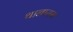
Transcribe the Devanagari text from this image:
थानाराम